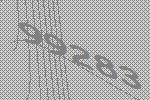
99283